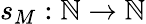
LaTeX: s_{M}:\mathbb{N}\to\mathbb{N}